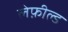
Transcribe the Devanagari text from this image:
लेफ़ील्ड